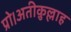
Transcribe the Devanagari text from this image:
प्रो।अतीक़ुल्लाह